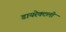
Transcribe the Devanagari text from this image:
डायरेक्टली